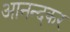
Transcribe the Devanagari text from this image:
आनन्दकर